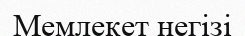
Мемлекет негізі